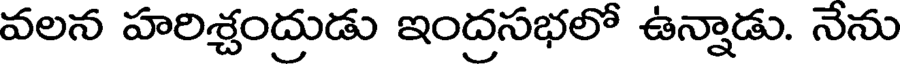
వలన హరిశ్చంద్రుడు ఇంద్రసభలో ఉన్నాడు. నేను